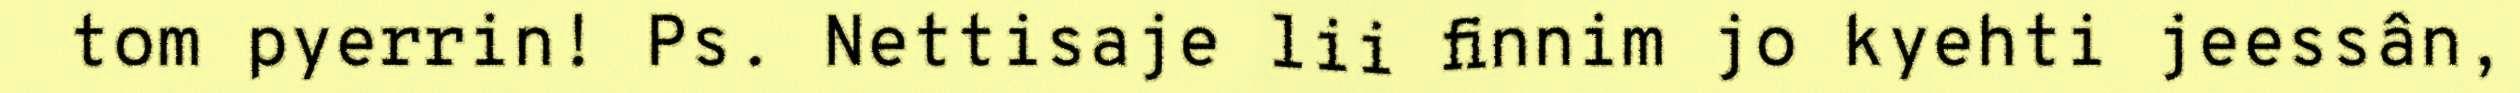
tom pyerrin! Ps. Nettisaje lii finnim jo kyehti jeessân,